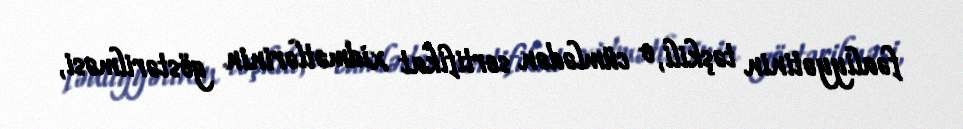
fəaliyyətinin təşkili, o cümlədən sertifikat xidmətlərinin göstərilməsi,